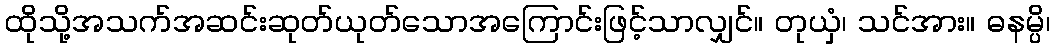
ထိုသို့အသက်အဆင်းဆုတ်ယုတ်သောအကြောင်းဖြင့်သာလျှင်။ တုယှံ၊ သင်အား။ ဓနမ္ပိ၊